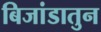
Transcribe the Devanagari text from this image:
बिजांडातुन